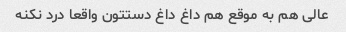
عالی هم به موقع هم داغ داغ دستتون واقعا درد نکنه